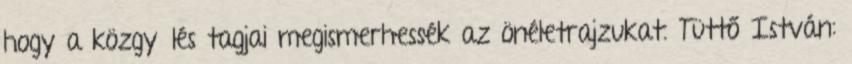
hogy a közgyűlés tagjai megismerhessék az önéletrajzukat. Tüttő István: